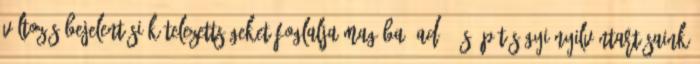
változás bejelentési kötelezettségeket foglalja magába. Adó- és építésügyi nyilvántartásaink